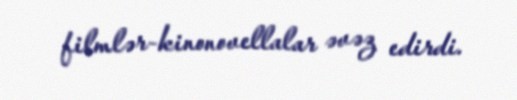
filmlər-kinonovellalar əvəz edirdi.